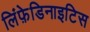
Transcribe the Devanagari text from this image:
लिंफ़ेडिनाइटिस